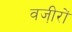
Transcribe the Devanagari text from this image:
वजी़रों